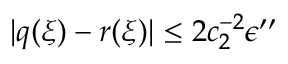
| q ( \xi ) - r ( \xi ) | \le 2 c _ { 2 } ^ { - 2 } \epsilon ^ { \prime \prime }